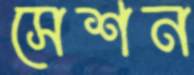
সেশন